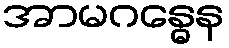
အာမဂန္ဓေန